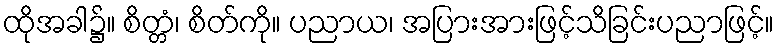
ထိုအခါ၌။ စိတ္တံ၊ စိတ်ကို။ ပညာယ၊ အပြားအားဖြင့်သိခြင်းပညာဖြင့်။